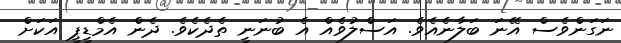
ނަގަންވެސް އޭނަ ބަލާނެއެވެ. އަސްލުވެއް އެ ބުނަނީ ތެދެކެވެ. ދެން އެމްޑީޕީ އަކަށް